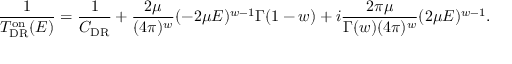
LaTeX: \frac { 1 } { T _ { \mathrm { D R } } ^ { \mathrm { o n } } ( E ) } = \frac { 1 } { C _ { \mathrm { D R } } } + \frac { 2 \mu } { ( 4 \pi ) ^ { w } } ( - 2 \mu E ) ^ { w - 1 } \Gamma ( 1 - w ) + i \frac { 2 \pi \mu } { \Gamma ( w ) ( 4 \pi ) ^ { w } } ( 2 \mu E ) ^ { w - 1 } .